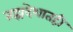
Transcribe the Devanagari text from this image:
ब्रह्मदेशातही